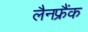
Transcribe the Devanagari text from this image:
लैनफ्रैंक